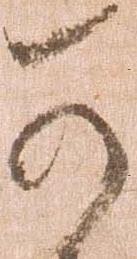
可